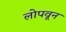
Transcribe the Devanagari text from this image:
लोपवून